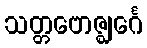
သတ္တဗောဇ္ဈင်္ဂေ